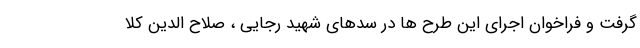
گرفت و فراخوان اجرای این طرح ها در سدهای شهید رجایی ، صلاح الدین کلا